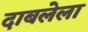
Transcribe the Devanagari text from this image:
दाबलेला